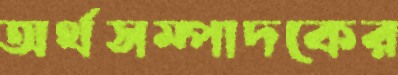
অর্থসম্পাদকের